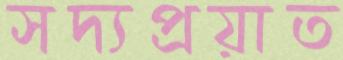
সদ্যপ্রয়াত